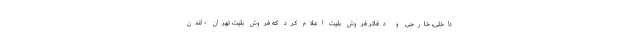
داخلی، خارجی و دفاتر فروش بلیت اعلام کرد که فروش بلیت تهران - لندن